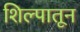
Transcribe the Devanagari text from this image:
शिल्पातून